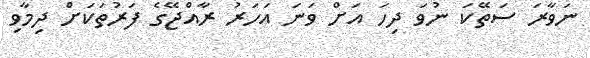
ނަވާރަ ސަތޭކަ ނުވަ ދިހަ އަށް ވަނަަ އަހަރު ރާއްޖޭގެ ފަރުތަކަށް ދިމާވި